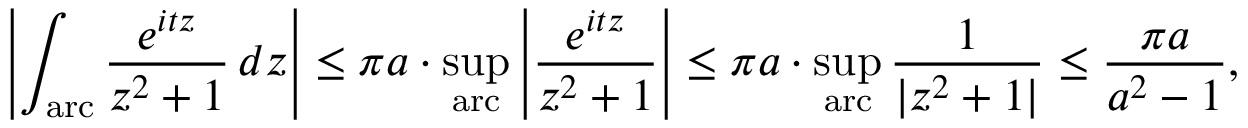
\left| \int _ { \mathrm { a r c } } { \frac { e ^ { i t z } } { z ^ { 2 } + 1 } } \, d z \right| \leq \pi a \cdot \operatorname* { s u p } _ { \mathrm { a r c } } \left| { \frac { e ^ { i t z } } { z ^ { 2 } + 1 } } \right| \leq \pi a \cdot \operatorname* { s u p } _ { \mathrm { a r c } } { \frac { 1 } { | z ^ { 2 } + 1 | } } \leq { \frac { \pi a } { a ^ { 2 } - 1 } } ,